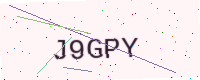
Text: J9GPY